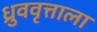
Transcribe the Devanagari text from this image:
ध्रुववृत्ताला